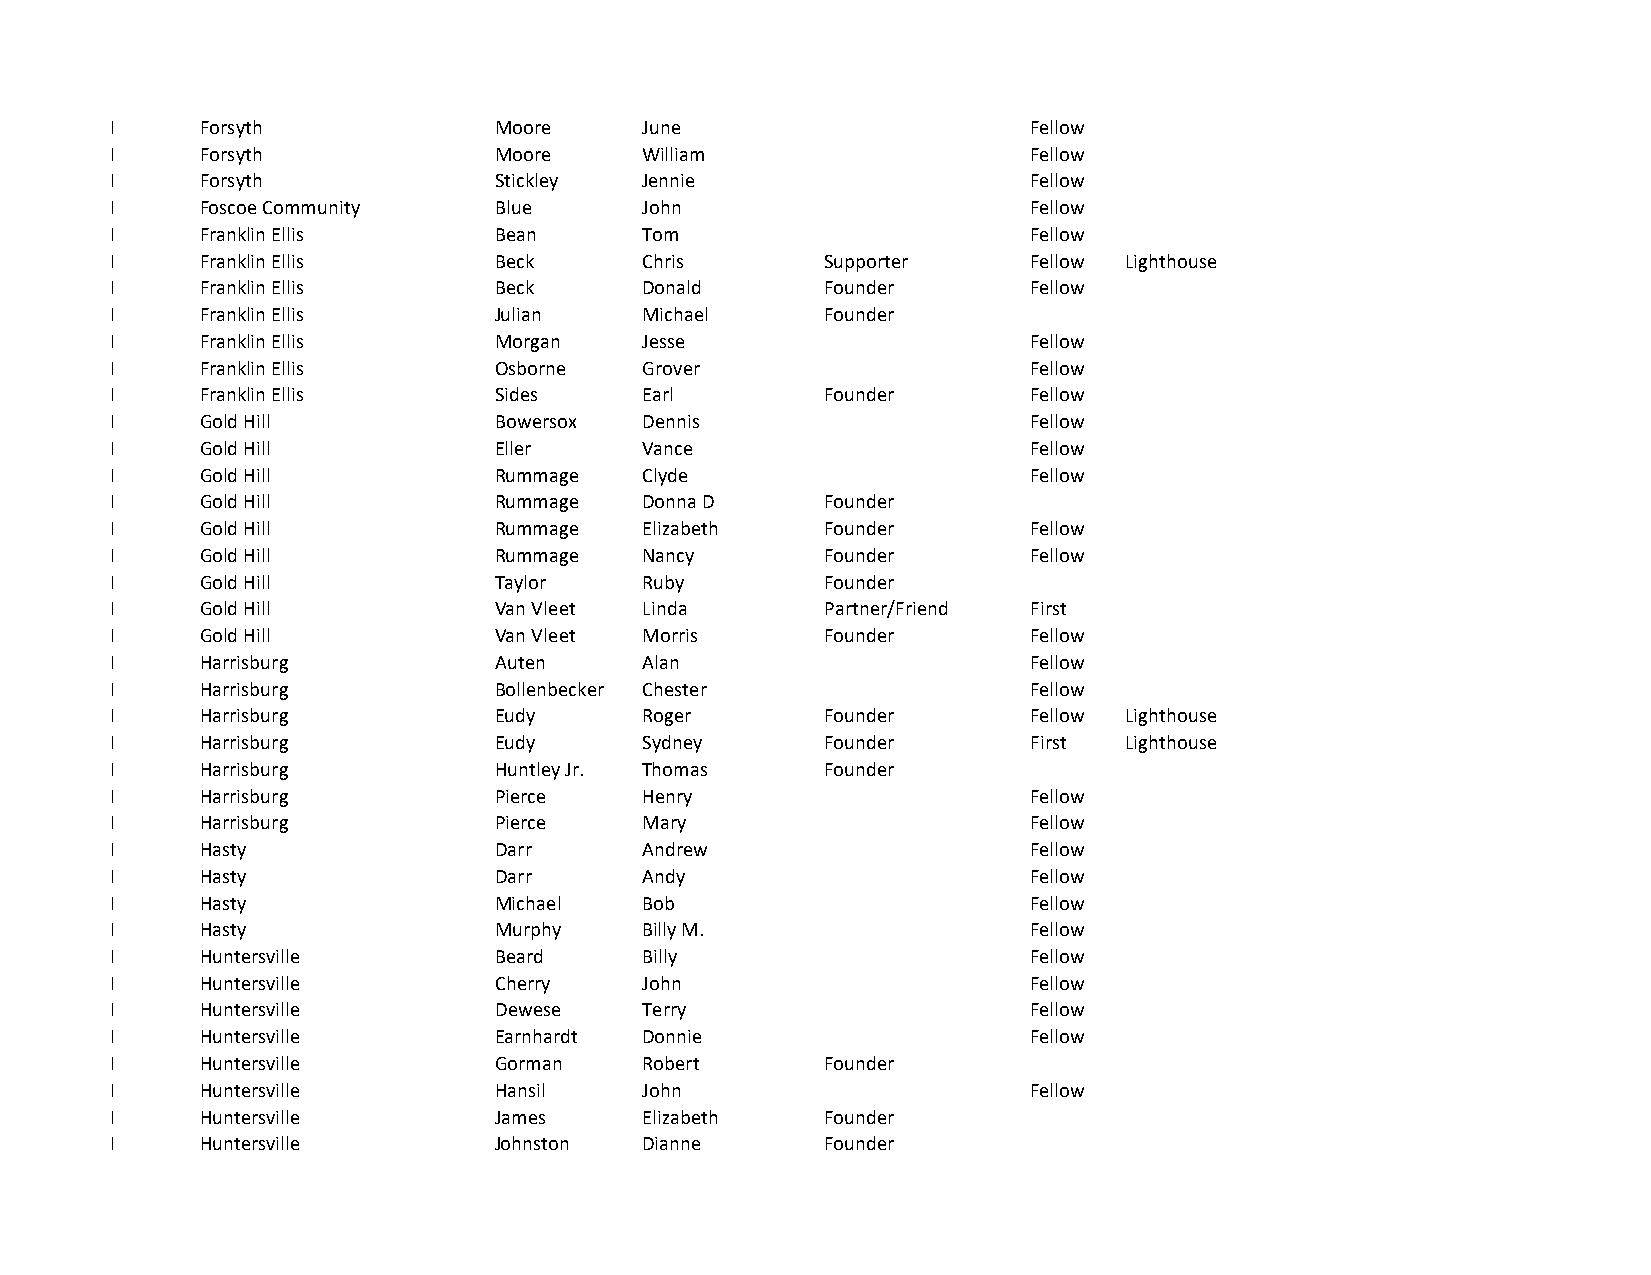
I     Forsyth             Moore     June                     Fellow
 I     Forsyth             Moore     William                  Fellow
 I     Forsyth             Stickley  Jennie                   Fellow
 I     Foscoe Community    Blue      John                     Fellow
 I     Franklin Ellis      Bean      Tom                      Fellow
 I     Franklin Ellis      Beck      Chris       Supporter    Fellow Lighthouse
 I     Franklin Ellis      Beck      Donald      Founder      Fellow
 I     Franklin Ellis      Julian    Michael     Founder
 I     Franklin Ellis      Morgan    Jesse                    Fellow
 I     Franklin Ellis      Osborne   Grover                   Fellow
 I     Franklin Ellis      Sides     Earl        Founder      Fellow
 I     Gold Hill           Bowersox  Dennis                   Fellow
 I     Gold Hill           Eller     Vance                    Fellow
 I     Gold Hill           Rummage   Clyde                    Fellow
 I     Gold Hill           Rummage   Donna D     Founder
 I     Gold Hill           Rummage   Elizabeth   Founder      Fellow
 I     Gold Hill           Rummage   Nancy       Founder      Fellow
 I     Gold Hill           Taylor    Ruby        Founder
 I     Gold Hill           Van Vleet Linda       Partner/Friend First
 I     Gold Hill           Van Vleet Morris      Founder      Fellow
 I     Harrisburg          Auten     Alan                     Fellow
 I     Harrisburg          Bollenbecker Chester               Fellow
 I     Harrisburg          Eudy      Roger       Founder      Fellow Lighthouse
 I     Harrisburg          Eudy      Sydney      Founder      First Lighthouse
 I     Harrisburg          Huntley Jr. Thomas    Founder
 I     Harrisburg          Pierce    Henry                    Fellow
 I     Harrisburg          Pierce    Mary                     Fellow
 I     Hasty               Darr      Andrew                   Fellow
 I     Hasty               Darr      Andy                     Fellow
 I     Hasty               Michael   Bob                      Fellow
 I     Hasty               Murphy    Billy M.                 Fellow
 I     Huntersville        Beard     Billy                    Fellow
 I     Huntersville        Cherry    John                     Fellow
 I     Huntersville        Dewese    Terry                    Fellow
 I     Huntersville        Earnhardt Donnie                   Fellow
 I     Huntersville        Gorman    Robert      Founder
 I     Huntersville        Hansil    John                     Fellow
 I     Huntersville        James     Elizabeth   Founder
 I     Huntersville        Johnston  Dianne      Founder